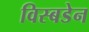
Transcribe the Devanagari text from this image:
विस्बडेन